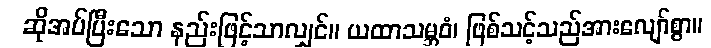
ဆိုအပ်ပြီးသော နည်းဖြင့်သာလျှင်။ ယထာသမ္ဘဝံ၊ ဖြစ်သင့်သည်အားလျော်စွာ။